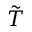
\Tilde { T }